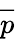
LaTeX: \overrightarrow{p}